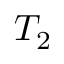
T _ { 2 }